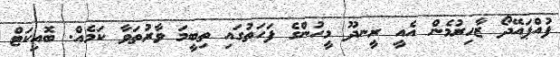
ފުއްޕައޭދޯ ޒާހިރުމެން އެއީ ރީނދޫ މީހުންގެ ފަހަތުގައި ތިބީމަ ވާރުތަވާ ކަމެއް. ބޮއިކަޓް